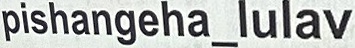
pishangeha_lulav